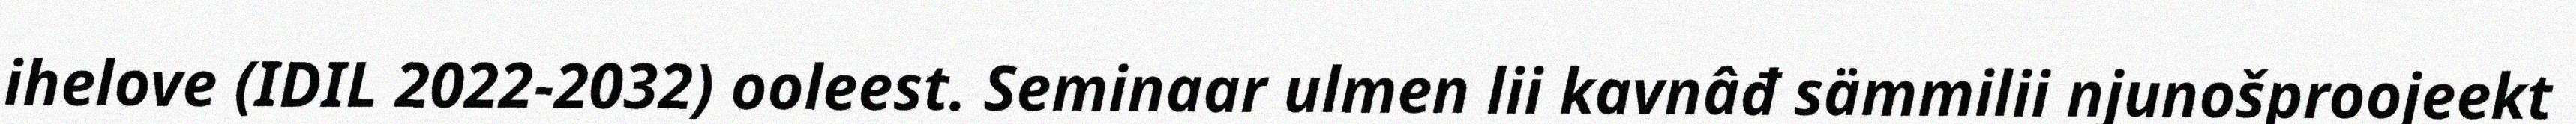
ihelove (IDIL 2022-2032) ooleest. Seminaar ulmen lii kavnâđ sämmilii njunošproojeekt